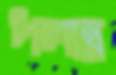
পলান্ন